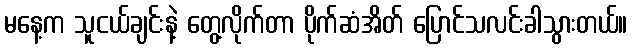
မနေ့က သူငယ်ချင်းနဲ့ တွေ့လိုက်တာ ပိုက်ဆံအိတ် ပြောင်သလင်းခါသွားတယ်။